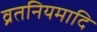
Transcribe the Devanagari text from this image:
व्रतनियमादि